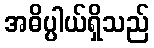
အဓိပ္ပါယ်ရှိသည်